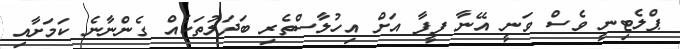
ޕްލެޓިނީ ވެސް ވަނީ އޭނާ ފީފާ އަށް އިހުލާސްތެރި ބަދަލުތަކެއް ގެންނާނެ ކަމަށާއި